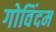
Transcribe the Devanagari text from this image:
गोविंदम